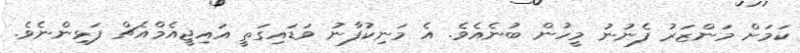
ކަމަށް މަންޒަރު ފެނުނު މީހުން ބުނެއެވެ. އެ މަނިކުފާނު ވަޑައިގަތީ އައިޖީއެމްއެޗް ފަޅިންނެވެ.